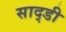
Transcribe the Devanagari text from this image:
साद्डी